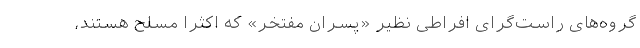
گروه‌های راست‌گرای افراطی نظیر «پسران مفتخر» که اکثراً مسلح هستند،